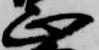
正